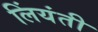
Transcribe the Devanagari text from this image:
लिंयंती